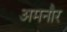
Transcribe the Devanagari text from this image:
अमनौर